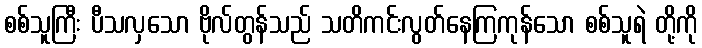
စစ်သူကြီး ပီသလှသော ဗိုလ်တွန်သည် သတိကင်းလွတ်နေကြကုန်သော စစ်သူရဲ တို့ကို